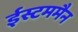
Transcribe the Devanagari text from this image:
ईस्टममैन